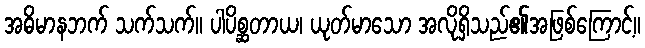
အဓိမာနဘက် သက်သက်။ ပါပိစ္ဆတာယ၊ ယုတ်မာသော အလိုရှိသည်၏အဖြစ်ကြောင့်။